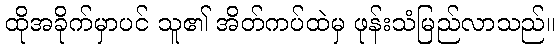
ထိုအခိုက်မှာပင် သူ၏ အိတ်ကပ်ထဲမှ ဖုန်းသံမြည်လာသည်။